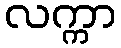
လက္ကာ